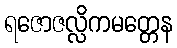
ရဇောဇလ္လိကမတ္တေန